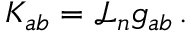
K _ { a b } = \mathcal { L } _ { n } g _ { a b } \, .